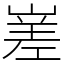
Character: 嵳